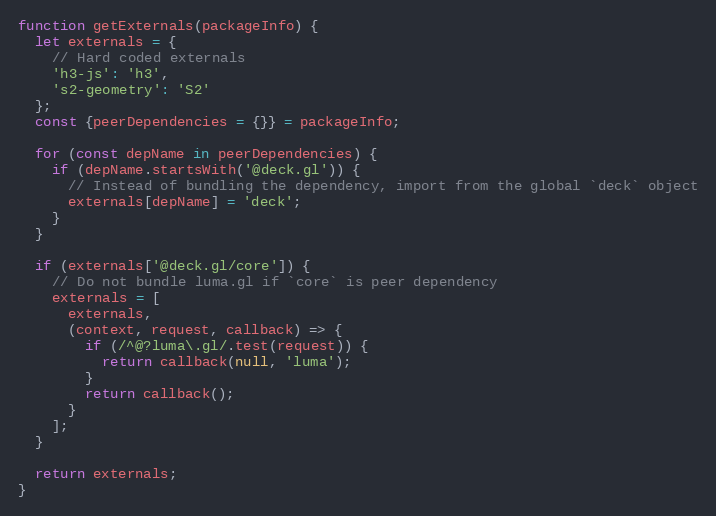
Language: JavaScript
function getExternals(packageInfo) {
  let externals = {
    // Hard coded externals
    'h3-js': 'h3',
    's2-geometry': 'S2'
  };
  const {peerDependencies = {}} = packageInfo;

  for (const depName in peerDependencies) {
    if (depName.startsWith('@deck.gl')) {
      // Instead of bundling the dependency, import from the global `deck` object
      externals[depName] = 'deck';
    }
  }

  if (externals['@deck.gl/core']) {
    // Do not bundle luma.gl if `core` is peer dependency
    externals = [
      externals,
      (context, request, callback) => {
        if (/^@?luma\.gl/.test(request)) {
          return callback(null, 'luma');
        }
        return callback();
      }
    ];
  }

  return externals;
}